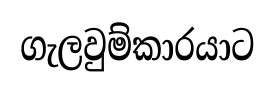
ගැලවුම්කාරයාට